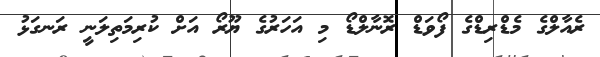
ރެއާލްގެ މެޑްރިޑްގެ ފޯވަޑް ރޮނާލްޑޯ މި އަހަރުގެ ޔޫރޯ އަށް ކުރިމަތިލަނީ ރަނގަޅު